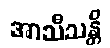
အာသီသန္တိ